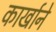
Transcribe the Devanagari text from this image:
कार्खाने